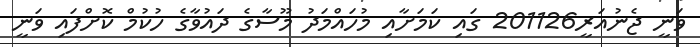
ވަނީ ޖެނުއަރީ201126 ގައި ކަމަށާއި މުހައްމަދު މޫސާގެ ދައުވާގެ ހުކުމް ކޮށްފައި ވަނީ